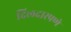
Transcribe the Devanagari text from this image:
दिलदारपणे